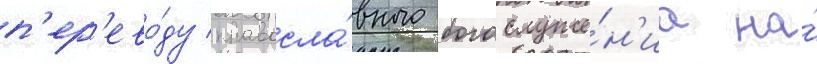
п'ер'ево́ду правосла́вного богослуже́н'иа на́